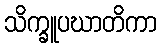
သိက္ခူပဃာတိကာ